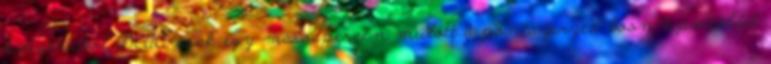
kategóriából DEAC: csak egy másodpercen múlott a pontszerzés boon-sportoldal